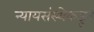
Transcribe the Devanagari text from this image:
न्यायसंस्थेकडून